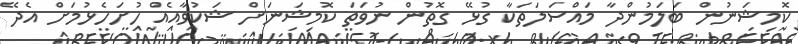
ކޮމިޝަނުން ބަލަމުންދާ މައްސަލަތަކާ ގުޅޭ ގޮތުން ނުވަތަ ކޮމިޝަނަށް ޝަކުވާއެއް ހުށަހެޅުމަށް އެދޭ